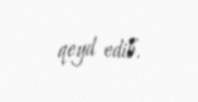
qeyd edib.